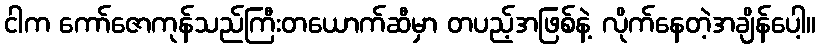
ငါက ကော်ဇောကုန်သည်ကြီးတယောက်ဆီမှာ တပည့်အဖြစ်နဲ့ လိုက်နေတဲ့အချိန်ပေါ့။